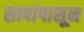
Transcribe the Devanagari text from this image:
सापांपासून